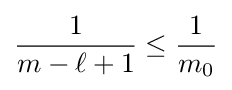
{\frac {1}{m-\ell +1}}\leq {\frac {1}{m_{0}}}